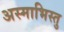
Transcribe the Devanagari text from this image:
अस्माभिस्तु